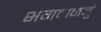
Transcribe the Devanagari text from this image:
भगवाननुं